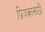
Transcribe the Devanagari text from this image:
प्रियंकासाठी